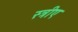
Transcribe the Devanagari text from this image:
स्त्रीए